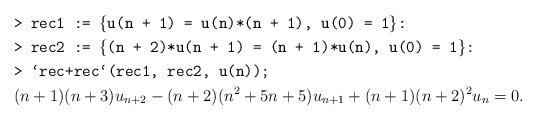
LaTeX: \begin{align*} &\texttt{> rec1 := \{u(n + 1) = u(n)*(n + 1), u(0) = 1\}:}\\ &\texttt{> rec2 := \{{(n + 2)*u(n + 1) = (n + 1)*u(n), u(0) = 1}\}:}\\ &\texttt{> `rec+rec`(rec1, rec2, u(n));}\\ & (n + 1)(n + 3)u_{n+2} - (n + 2)(n^2 + 5n + 5)u_{n+1} + (n + 1)(n + 2)^2 u_n= 0.\end{align*}